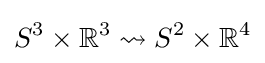
S^{3}\times \mathbb {R} ^{3}\rightsquigarrow S^{2}\times \mathbb {R} ^{4}